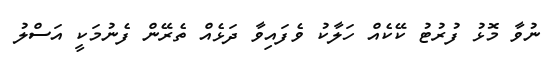
ނުވާ މޮޅު ފުރުޓު ކޭކެއް ހަލާކު ވެފައިވާ ދަޅެއް ތެރޭން ފެނުމަކީ އަސްލު